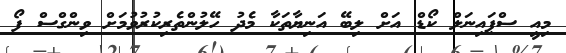
މިއީ ސްޕައިނަލް ކޯޑް އަށް ލިބޭ އަނިޔާތަކާ މެދު ހޭލުންތެރިކުރުވުމަށް ވިންގްސް ފޯ